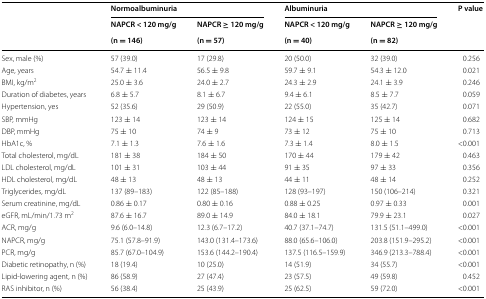
<table><thead><tr><td rowspan="3"></td><td colspan="2"><b>Normoalbuminuria</b></td><td colspan="2"><b>Albuminuria</b></td><td rowspan="3"><b>P value</b></td></tr><tr><td><b>NAPCR &lt; 120 mg/g</b></td><td><b>NAPCR ≥ 120 mg/g</b></td><td><b>NAPCR &lt; 120 mg/g</b></td><td><b>NAPCR ≥ 120 mg/g</b></td></tr><tr><td><b>(n = 146)</b></td><td><b>(n = 57)</b></td><td><b>(n = 40)</b></td><td><b>(n = 82)</b></td></tr></thead><tbody><tr><td>Sex, male (%)</td><td>57 (39.0)</td><td>17 (29.8)</td><td>20 (50.0)</td><td>32 (39.0)</td><td>0.256</td></tr><tr><td>Age, years</td><td>54.7 ± 11.4</td><td>56.5 ± 9.8</td><td>59.7 ± 9.1</td><td>54.3 ± 12.0</td><td>0.021</td></tr><tr><td>BMI, kg/m<sup>2</sup></td><td>25.0 ± 3.6</td><td>24.0 ± 2.7</td><td>24.3 ± 2.9</td><td>24.1 ± 3.9</td><td>0.246</td></tr><tr><td>Duration of diabetes, years</td><td>6.8 ± 5.7</td><td>8.1 ± 6.7</td><td>9.4 ± 6.1</td><td>8.5 ± 7.7</td><td>0.059</td></tr><tr><td>Hypertension, yes</td><td>52 (35.6)</td><td>29 (50.9)</td><td>22 (55.0)</td><td>35 (42.7)</td><td>0.071</td></tr><tr><td>SBP, mmHg</td><td>123 ± 14</td><td>123 ± 14</td><td>124 ± 15</td><td>125 ± 14</td><td>0.682</td></tr><tr><td>DBP, mmHg</td><td>75 ± 10</td><td>74 ± 9</td><td>73 ± 12</td><td>75 ± 10</td><td>0.713</td></tr><tr><td>HbA1c, %</td><td>7.1 ± 1.3</td><td>7.6 ± 1.6</td><td>7.3 ± 1.4</td><td>8.0 ± 1.5</td><td>&lt;0.001</td></tr><tr><td>Total cholesterol, mg/dL</td><td>181 ± 38</td><td>184 ± 50</td><td>170 ± 44</td><td>179 ± 42</td><td>0.463</td></tr><tr><td>LDL cholesterol, mg/dL</td><td>101 ± 31</td><td>103 ± 44</td><td>91 ± 35</td><td>97 ± 33</td><td>0.356</td></tr><tr><td>HDL cholesterol, mg/dL</td><td>48 ± 13</td><td>48 ± 13</td><td>44 ± 11</td><td>48 ± 14</td><td>0.252</td></tr><tr><td>Triglycerides, mg/dL</td><td>137 (89–183)</td><td>122 (85–188)</td><td>128 (93–197)</td><td>150 (106–214)</td><td>0.321</td></tr><tr><td>Serum creatinine, mg/dL</td><td>0.86 ± 0.17</td><td>0.80 ± 0.16</td><td>0.88 ± 0.25</td><td>0.97 ± 0.33</td><td>0.001</td></tr><tr><td>eGFR, mL/min/1.73 m<sup>2</sup></td><td>87.6 ± 16.7</td><td>89.0 ± 14.9</td><td>84.0 ± 18.1</td><td>79.9 ± 23.1</td><td>0.027</td></tr><tr><td>ACR, mg/g</td><td>9.6 (6.0–14.8)</td><td>12.3 (6.7–17.2)</td><td>40.7 (37.1–74.7)</td><td>131.5 (51.1–499.0)</td><td>&lt;0.001</td></tr><tr><td>NAPCR, mg/g</td><td>75.1 (57.8–91.9)</td><td>143.0 (131.4–173.6)</td><td>88.0 (65.6–106.0)</td><td>203.8 (151.9–295.2)</td><td>&lt;0.001</td></tr><tr><td>PCR, mg/g</td><td>85.7 (67.0–104.9)</td><td>153.6 (144.2–190.4)</td><td>137.5 (116.5–159.9)</td><td>346.9 (213.3–788.4)</td><td>&lt;0.001</td></tr><tr><td>Diabetic retinopathy, n (%)</td><td>18 (19.4)</td><td>10 (25.0)</td><td>14 (51.9)</td><td>34 (55.7)</td><td>&lt;0.001</td></tr><tr><td>Lipid-lowering agent, n (%)</td><td>86 (58.9)</td><td>27 (47.4)</td><td>23 (57.5)</td><td>49 (59.8)</td><td>0.452</td></tr><tr><td>RAS inhibitor, n (%)</td><td>56 (38.4)</td><td>25 (43.9)</td><td>25 (62.5)</td><td>59 (72.0)</td><td>&lt;0.001</td></tr></tbody></table>